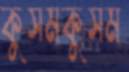
কুসমকুসম